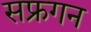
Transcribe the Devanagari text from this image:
सफ्रगन